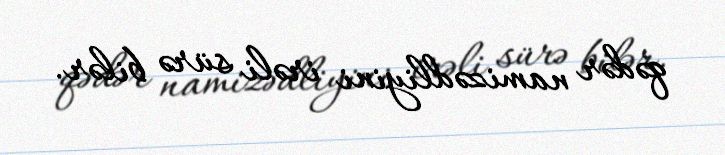
qədər namizədliyini irəli sürə bilər.